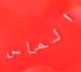
الماس